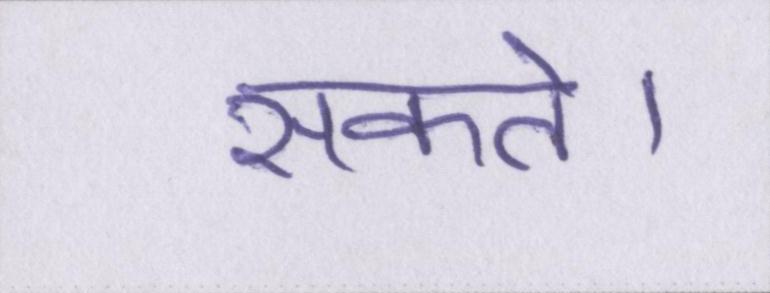
सकते।